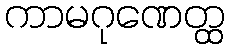
ကာမဂုဏေတ္ထ